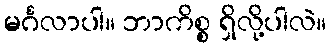
မင်္ဂလာပါ။ ဘာကိစ္စ ရှိလို့ပါလဲ။